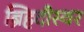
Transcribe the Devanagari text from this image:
ब्रिहदीस्वर